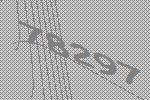
78297